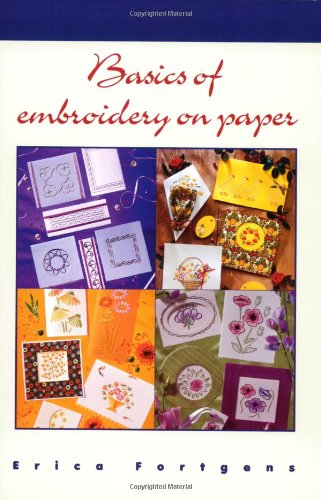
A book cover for Basics of Embroidery on Paper; Erica Fortgens; Crafts, Hobbies & Home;